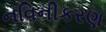
નવિનીકરણ